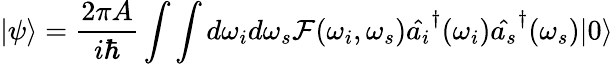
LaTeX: |\psi\rangle=\frac{2\pi A}{i\hbar}\int\int d\omega_{i}d\omega_{s}\mathcal{F}(\omega_{i},\omega_{s})\hat{a_{i}}^{\dagger}(\omega_{i})\hat{a_{s}}^{\dagger}(\omega_{s})|0\rangle